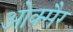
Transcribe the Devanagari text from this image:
ओक्सैर